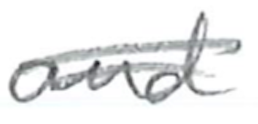
Text: and
Cross-out: double-line
Writing tool: pencil